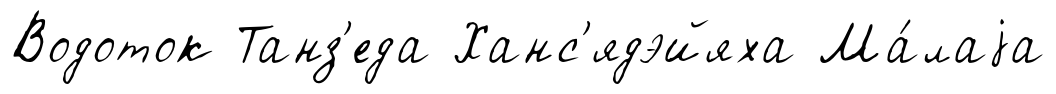
Водоток Танз'еда Ханс'ядэйяха Ма́лаjа